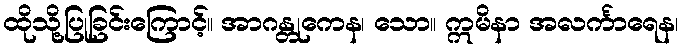
ထိုသို့ပြုခြင်းကြောင့်။ အာဂန္တုကေန၊ သော။ ဣမိနာ အလင်္ကာရေန၊